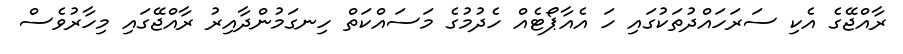
ރާއްޖޭގެ އެކި ސަރަހައްދުތަކުގައި ހަ އެއާޕޯޓެއް ހެދުމުގެ މަސައްކަތް ހިނގަމުންދާއިރު ރާއްޖޭގައި މިހާރުވެސް